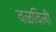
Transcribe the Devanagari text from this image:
वळविली